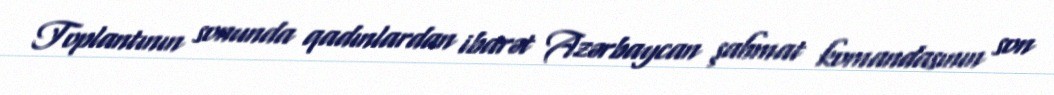
Toplantının sonunda qadınlardan ibarət Azərbaycan şahmat komandasının son